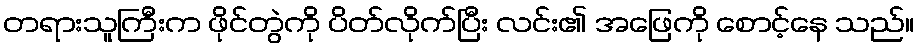
တရားသူကြီးက ဖိုင်တွဲကို ပိတ်လိုက်ပြီး လင်း၏ အဖြေကို စောင့်နေ သည်။